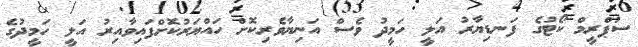
ސުޕްރީމް ކޯޓުގެ ފަނޑިޔާރު އަލީ ހަމީދު ވެސް އަނިޔާވެރިކޮށް ހައްޔަރުކޮށްފައިވާއިރު އަލީ ހަމީދުގެ